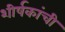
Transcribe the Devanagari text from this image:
शीर्षकांची